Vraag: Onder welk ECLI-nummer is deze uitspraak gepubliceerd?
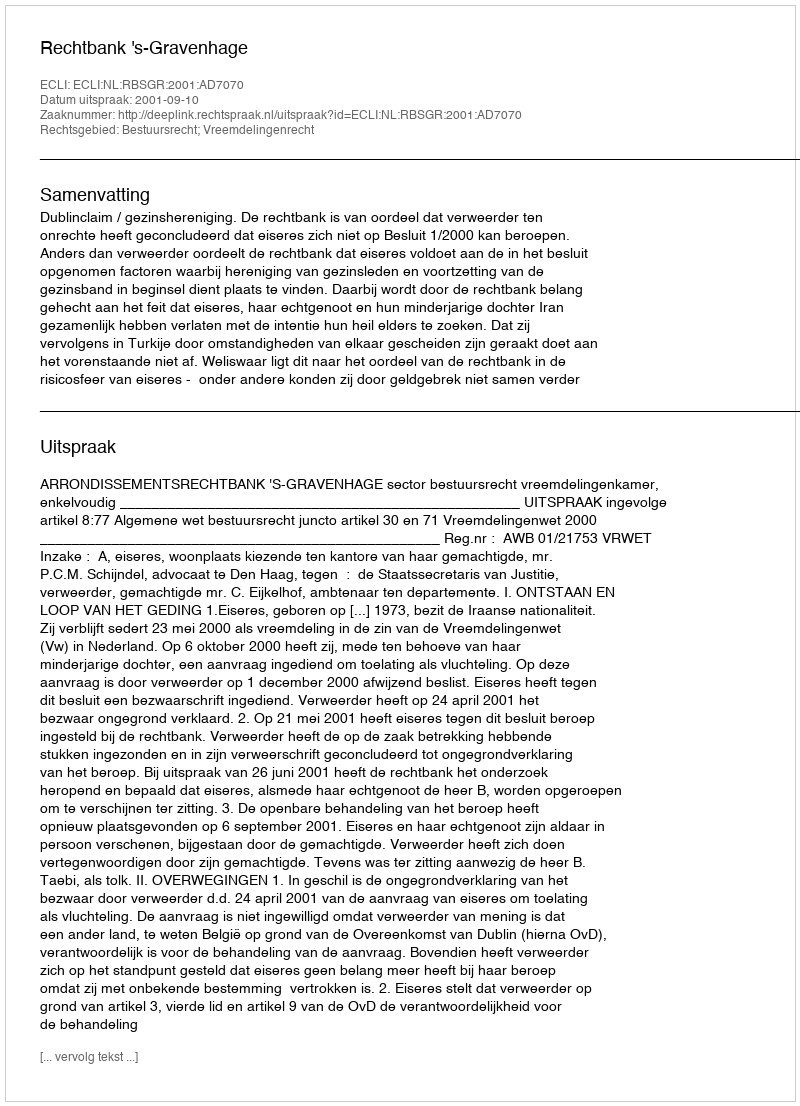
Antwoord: ECLI:NL:RBSGR:2001:AD7070